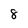
Character: 8